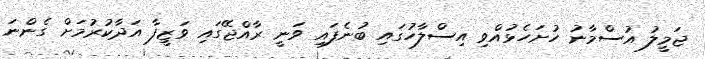
ޖަމީލު އުސްމާނު ހުށަހެޅުއްވި އިސްލާހުގައި ބުނެފައި ވަނީ ރާއްޖޭގައި ވަޒީފާ އަދާކުރުމަށް ގެންނަ